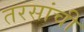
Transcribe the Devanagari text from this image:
तरसांची